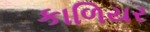
કાળિયર